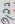
Text: 0,22